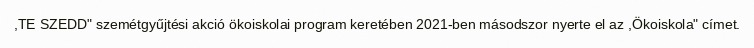
,TE SZEDD" szemétgyűjtési akció ökoiskolai program keretében 2021-ben másodszor nyerte el az ,Ökoiskola" címet.